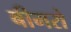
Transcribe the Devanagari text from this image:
बीमरो